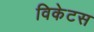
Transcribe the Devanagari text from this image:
विकेटस